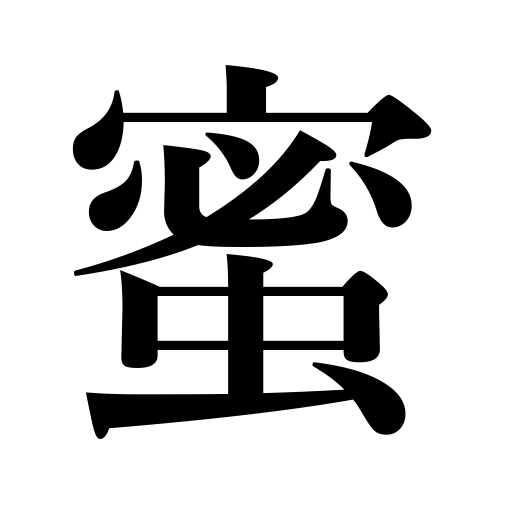
Meanings: honeydew,nectar,honey,molasses